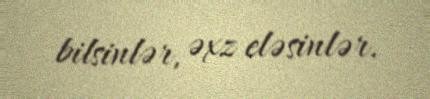
bilsinlər, əxz eləsinlər.